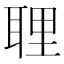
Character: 𦕸